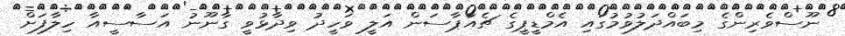
ނޫސްވެރިންގެ މިބައްދަލުވުމުގައި އެމްޑީޕީގެ ޗެއާޕާސަން އަލީ ވަހީދު ވިދާޅުވީ ގާނޫނު އަސާސީއާ ހިލާފަށް